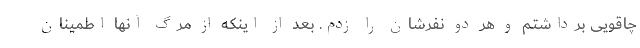
چاقویی برداشتم و هر دو نفرشان را زدم. بعد از اینکه از مرگ آنها اطمینان